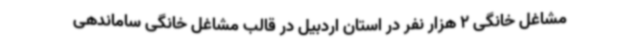
مشاغل خانگی 2 هزار نفر در استان اردبیل در قالب مشاغل خانگی ساماندهی